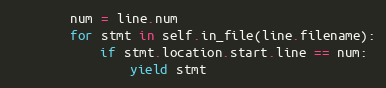
Language: Python
        num = line.num
        for stmt in self.in_file(line.filename):
            if stmt.location.start.line == num:
                yield stmt